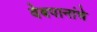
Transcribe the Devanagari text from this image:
वेबपानांचे